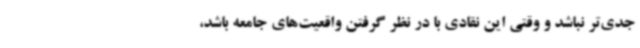
جدی‌تر نباشد و وقتی این نقادی با در نظر گرفتن واقعیت‌های جامعه باشد،